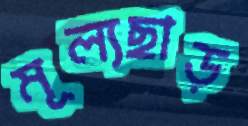
মূল্যছাড়